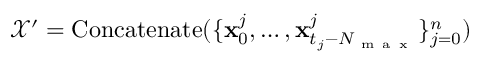
\mathcal { X } ^ { \prime } = \mathrm { C o n c a t e n a t e } ( \{ \mathbf { x } _ { 0 } ^ { j } , \dots , \mathbf { x } _ { t _ { j } - N _ { \mathrm { ~ m ~ a ~ x ~ } } } ^ { j } \} _ { j = 0 } ^ { n } )